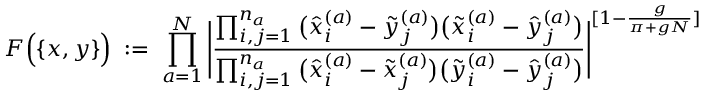
{ \cal F } \Big ( \{ x , y \} \Big ) \; : = \; \prod _ { a = 1 } ^ { N } \Bigg | \frac { \prod _ { i , j = 1 } ^ { n _ { a } } \big ( \hat { x } _ { i } ^ { ( a ) } - \tilde { y } _ { j } ^ { ( a ) } \big ) \big ( \tilde { x } _ { i } ^ { ( a ) } - \hat { y } _ { j } ^ { ( a ) } \big ) } { \prod _ { i , j = 1 } ^ { n _ { a } } \big ( \hat { x } _ { i } ^ { ( a ) } - \tilde { x } _ { j } ^ { ( a ) } \big ) \big ( \tilde { y } _ { i } ^ { ( a ) } - \hat { y } _ { j } ^ { ( a ) } \big ) } \Bigg | ^ { [ 1 - \frac { g } { \pi + g N } ] }